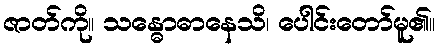
ဇာတ်ကို။ သန္ဓောဓာနေသိ၊ ပေါင်းတော်မူ၏။